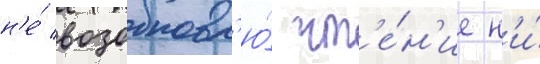
н'е́ возобновл'ю́ чт'е́н'ие н'и́